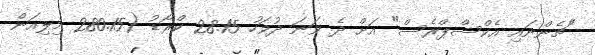
"ޗެންނައި އެކްސްޕްރެސް" އަށް ދެ ވަނަ ދުވަހު 28.15 ކްރޯޑު (280.15 މިލިއަން